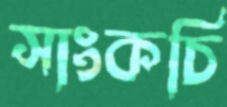
সাংকচি